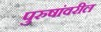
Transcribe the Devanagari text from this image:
पुरुषांवरील